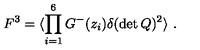
F ^ { 3 } = \langle \prod _ { i = 1 } ^ { 6 } G ^ { - } ( z _ { i } ) \delta ( \det Q ) ^ { 2 } \rangle \ .